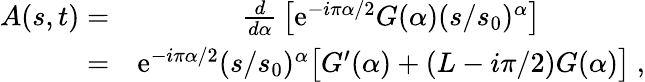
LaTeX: \begin{array}{rcl}{{A(s,t)=}}&{{{\frac{d}{d\alpha}}\left[\mathrm{e}^{-i\pi\alpha/2}G(\alpha)(s/s_{0})^{\alpha}\right]}}\\ {{=}}&{{\mathrm{e}^{-i\pi\alpha/2}(s/s_{0})^{\alpha}\big[G^{\prime}(\alpha)+(L-i\pi/2)G(\alpha)\big]\ ,}}\end{array}